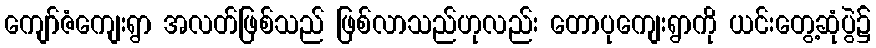
ကျော်ဇံကျေးရွာ အလတ်ဖြစ်သည် ဖြစ်လာသည်ဟုလည်း တောပုကျေးရွာကို ယင်းတွေ့ဆုံပွဲ၌